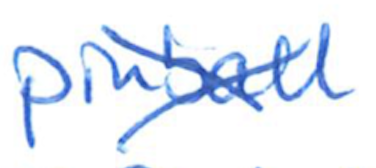
Text: pinball
Cross-out: cross
Writing tool: ballpoint